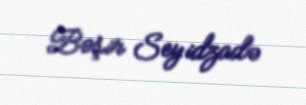
Bəşir Seyidzadə